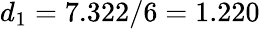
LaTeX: d_{1}=7.322/6=1.220